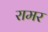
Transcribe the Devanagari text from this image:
रामर